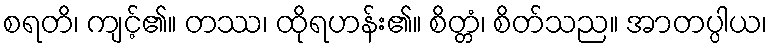
စရတိ၊ ကျင့်၏။ တဿ၊ ထိုရဟန်း၏။ စိတ္တံ၊ စိတ်သည။ အာတပ္ပါယ၊